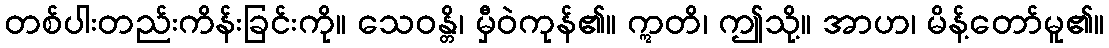
တစ်ပါးတည်းကိန်းခြင်းကို။ သေဝန္တိ၊ မှီဝဲကုန်၏။ ဣတိ၊ ဤသို့။ အာဟ၊ မိန့်တော်မူ၏။